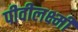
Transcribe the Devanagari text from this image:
पीवीलक्ष्मी